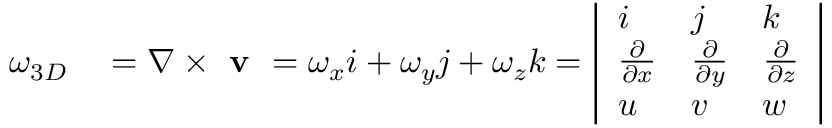
\begin{array} { r l } { \omega _ { 3 D } } & { { } = \nabla \times \textbf { v } = \omega _ { x } i + \omega _ { y } j + \omega _ { z } k = \left| \begin{array} { l l l } { i } & { j } & { k } \\ { \frac { \partial } { \partial x } } & { \frac { \partial } { \partial y } } & { \frac { \partial } { \partial z } } \\ { u } & { v } & { w } \end{array} \right| } \end{array}